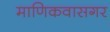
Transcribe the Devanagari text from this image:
माणिकवासगर